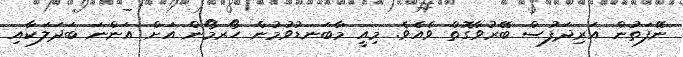
ނޭފަތުން އަރިދަފުސް ބޭރުވާގޮތް ވެއެވެ. މިއީ މާބަނޑުވުމުން ހޯރމޯން އަށް އަންނަ ބަދަލަކާއި